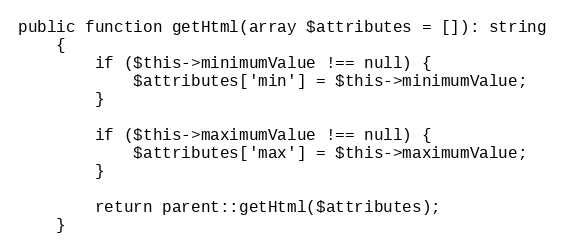
Language: PHP
public function getHtml(array $attributes = []): string
    {
        if ($this->minimumValue !== null) {
            $attributes['min'] = $this->minimumValue;
        }

        if ($this->maximumValue !== null) {
            $attributes['max'] = $this->maximumValue;
        }

        return parent::getHtml($attributes);
    }